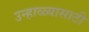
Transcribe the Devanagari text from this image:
उन्हाळ्यासाठी